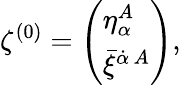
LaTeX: {\zeta^{(0)}=\left(\begin{array}{l}{{\eta_{\alpha}^{A}}}\\ {{\bar{\xi}^{\dot{\alpha}\, A}}}\end{array}\right),}